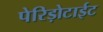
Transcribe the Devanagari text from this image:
पेरिड़ोटाईट